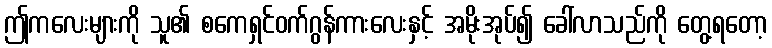
ဤကလေးများကို သူ၏ စကေရှင်ဝက်ဂွန်ကားလေးနှင့် အမိုးအုပ်၍ ခေါ်လာသည်ကို တွေ့ရတော့